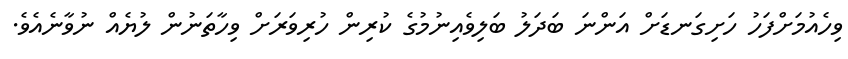
ވިހެއުމަށްފަހު ހަށިގަނޑަށް އަންނަ ބަދަލު ބަލިވެއިނުމުގެ ކުރިން ހުރިވަރަށް ވިހާތަނުން ލުޔެއް ނުވާނެއެވެ.